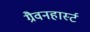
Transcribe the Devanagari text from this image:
ग्रैवनहार्स्ट